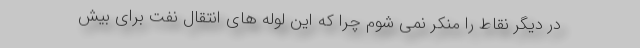
در دیگر نقاط را منکر نمی شوم چرا که این لوله های انتقال نفت برای بیش